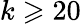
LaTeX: k\geqslant 20